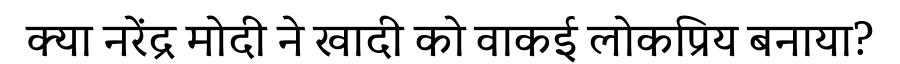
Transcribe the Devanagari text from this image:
क्या नरेंद्र मोदी ने खादी को वाकई लोकप्रिय बनाया?